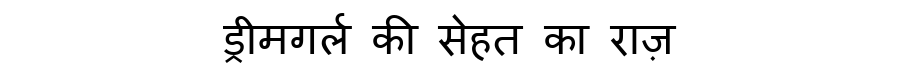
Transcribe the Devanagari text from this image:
ड्रीमगर्ल की सेहत का राज़